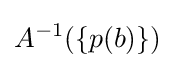
A^{-1}(\{p(b)\})